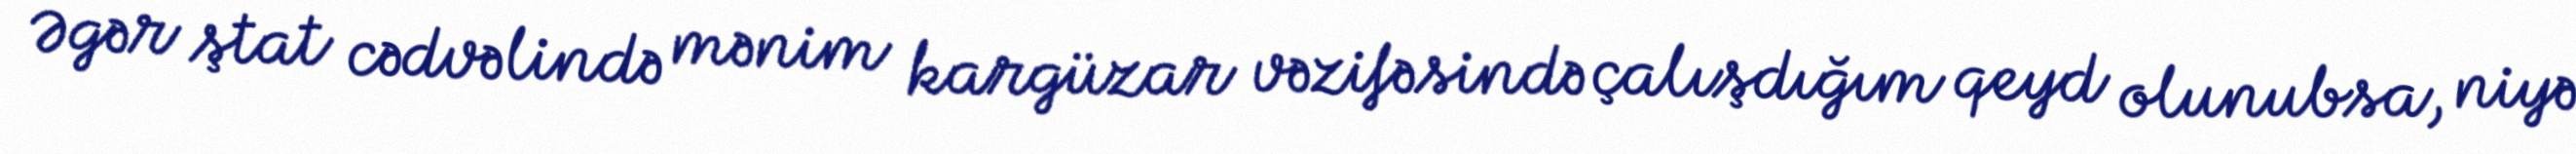
Əgər ştat cədvəlində mənim kargüzar vəzifəsində çalışdığım qeyd olunubsa, niyə